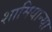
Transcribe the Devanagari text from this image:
शामियान्या